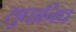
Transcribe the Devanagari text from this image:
सुधानिध